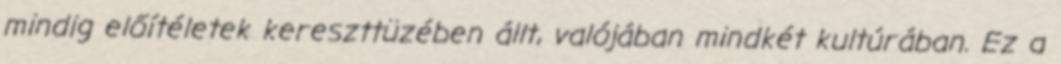
mindig előítéletek kereszttüzében állt, valójában mindkét kultúrában. Ez a